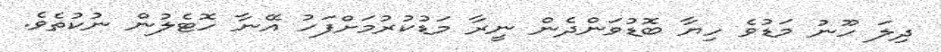
ދިލަ ހޫނު މަޑުވެ ހިޔާ ބޮޑުވަންދެން ނީރާ މަޑުކުރުމަށްފަހު އޭނާ ހޮޓެލުން ނުކުތެވެ.